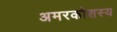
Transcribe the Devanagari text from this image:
अमरकोशस्य